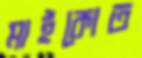
মাইকোত